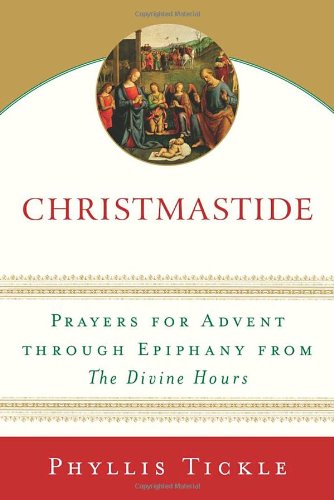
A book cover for Christmastide: Prayers for Advent Through Epiphany from The Divine Hours; Phyllis Tickle; Christian Books & Bibles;